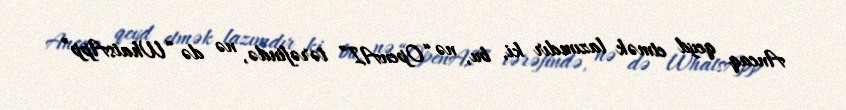
Ancaq qeyd etmək lazımdır ki, bu, nə “OpenAI” tərəfində, nə də “WhatsApp”